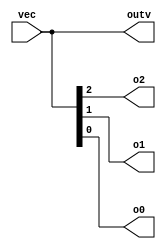
module top_module ( 
    input wire [2:0] vec,
    output wire [2:0] outv,
    output wire o2,
    output wire o1,
    output wire o0  
); 

assign outv = vec;
assign {o2, o1, o0} = vec;

endmodule